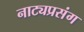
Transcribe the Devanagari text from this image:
नाट्यप्रसंग